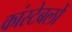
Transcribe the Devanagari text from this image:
कांस्‍टेबलों